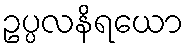
ဥပ္ပလနိရယော